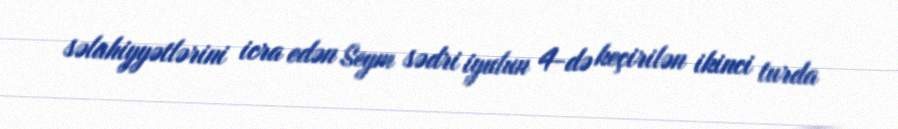
səlahiyyətlərini icra edən Seym sədri iyulun 4-də keçirilən ikinci turda